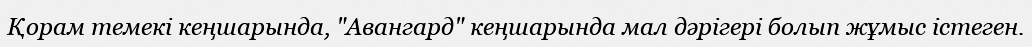
Қорам темекі кеңшарында, "Авангард" кеңшарында мал дәрігері болып жұмыс істеген.